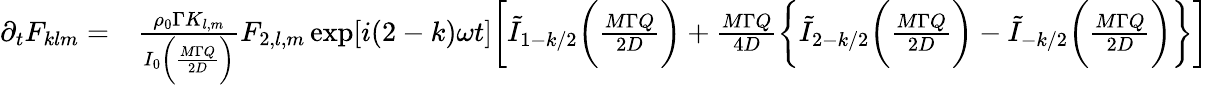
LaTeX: \begin{array}{rl}{\partial_{t}F_{klm}=}&{{}\frac{\rho_{0}\Gamma K_{l,m}}{I_{0}\bigg(\frac{M\Gamma Q}{2D}\bigg)}F_{2,l,m}\exp[i(2-k)\omega t]\bigg[\tilde{I}_{1-k/2}\bigg(\frac{M\Gamma Q}{2D}\bigg)+\frac{M\Gamma Q}{4D}\bigg\{ \tilde{I}_{2-k/2}\bigg(\frac{M\Gamma Q}{2D}\bigg)-\tilde{I}_{-k/2}\bigg(\frac{M\Gamma Q}{2D}\bigg)\bigg\} \bigg]}\end{array}